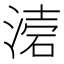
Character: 𭱥